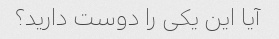
آیا این یکی را دوست دارید؟